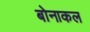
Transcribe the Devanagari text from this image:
बोनाकल